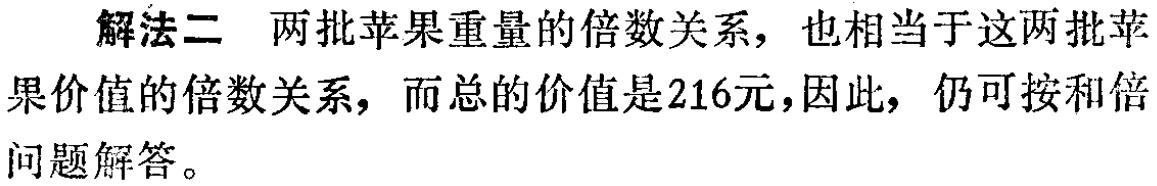
解法二 两批苹果重量的倍数关系，也相当于这两批苹果价值的倍数关系，而总的价值是216元，因此，仍可按和倍问题解答。